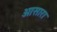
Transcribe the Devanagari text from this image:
ओसारा